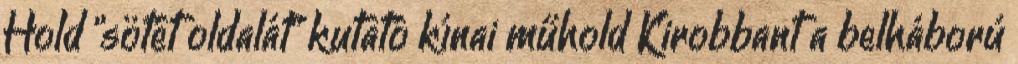
Hold "sötét oldalát" kutató kínai műhold Kirobbant a belháború